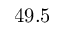
4 9 . 5